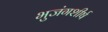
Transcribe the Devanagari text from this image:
भुजंगशीर्ष